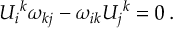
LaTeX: U _ { i } { } ^ { k } \omega _ { k j } - \omega _ { i k } U _ { j } { } ^ { k } = 0 \, .